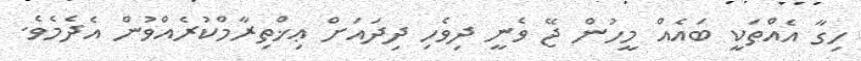
ހިގާ އެއްތަކީ ބައެއް މީހުން ޖޭ ވެނީ ދިވެހި ދިދައަށް ޢިޚްތިރާމްކުރެއްވުން އެދެމެވެ.